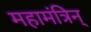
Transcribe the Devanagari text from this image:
महामंत्रिन्‌